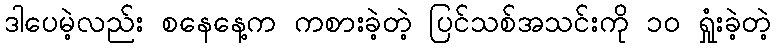
ဒါပေမဲ့လည်း စနေနေ့က ကစားခဲ့တဲ့ ပြင်သစ်အသင်းကို ၁၀ ရှုံးခဲ့တဲ့